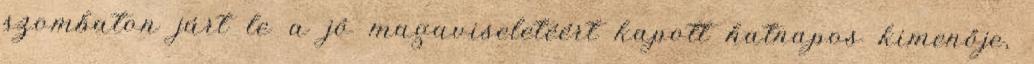
szombaton járt le a jó magaviseletéért kapott hatnapos kimenője,